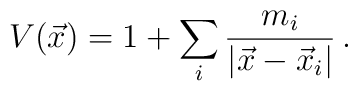
V(\vec{x})= 1 +\sum_{i}\frac{m_{i}}{|\vec{x}-\vec{x}_{i}|}\, .